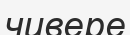
чивере